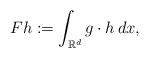
LaTeX: \begin{align*}Fh:=\int_{\mathbb{R}^d} g\cdot h\,dx,\end{align*}